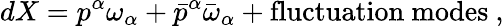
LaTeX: dX=p^{\alpha}\omega_{\alpha}+\bar{p}^{\alpha}\bar{\omega}_{\alpha}+\mathrm{fluctuation~modes}~,